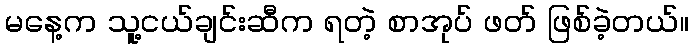
မနေ့က သူ့ငယ်ချင်းဆီက ရတဲ့ စာအုပ် ဖတ် ဖြစ်ခဲ့တယ်။